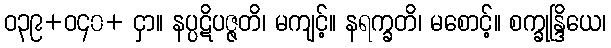
ဝ၃၉+ဝ၄၀+ ငှာ။ နပ္ပဋိပဇ္ဇတိ၊ မကျင့်။ နရက္ခတိ၊ မစောင့်။ စက္ခုန္ဒြိယေ၊